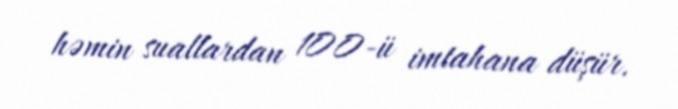
həmin suallardan 100-ü imtahana düşür.